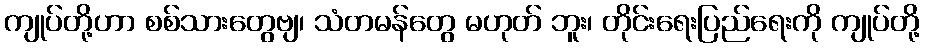
ကျုပ်တို့ဟာ စစ်သားတွေဗျ၊ သံတမန်တွေ မဟုတ် ဘူး၊ တိုင်းရေးပြည်ရေးကို ကျုပ်တို့